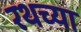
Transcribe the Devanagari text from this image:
रथच्या